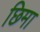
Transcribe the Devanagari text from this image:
छिमा